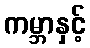
ကမ္ဘာနှင့်